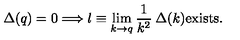
\Delta ( q ) = 0 \Longrightarrow l \equiv \lim _ { k \to q } \frac { 1 } { k ^ { 2 } } \: \Delta ( k ) { \mathrm { e x i s t s } } .